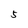
Character: 5